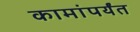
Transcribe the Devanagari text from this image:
कामांपर्यंत